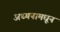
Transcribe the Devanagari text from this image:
अध्यनामधून